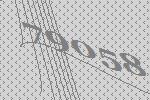
79058